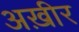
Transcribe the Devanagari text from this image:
अख़ीर